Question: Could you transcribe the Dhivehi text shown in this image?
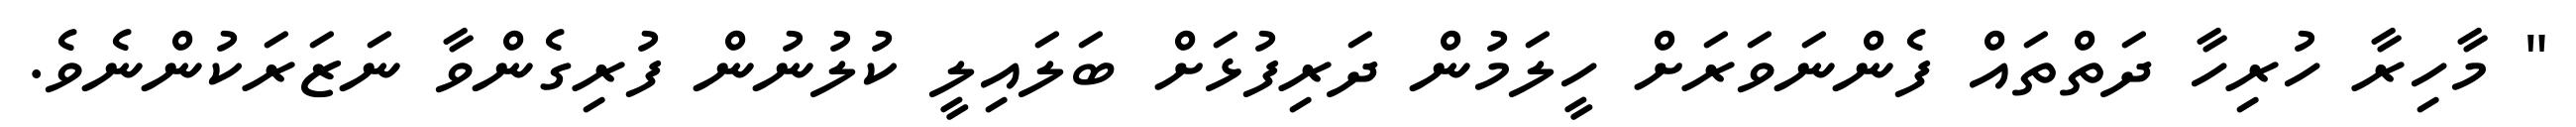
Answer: " މާހިރާ ހުރިހާ ދަތްތައް ފެންނަވަރަށް ހީލަމުން ދަރިފުޅަށް ބަލައިލީ ކުލުނުން ފުރިގެންވާ ނަޒަރަކުންނެވެ.